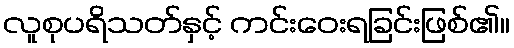
လူစုပရိသတ်နှင့် ကင်းဝေးရခြင်းဖြစ်၏။